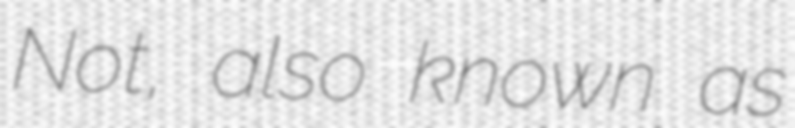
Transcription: Not, also known as